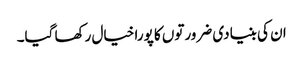
ان کی بنیادی ضرورتوں کا پورا خیال رکھا گیا۔